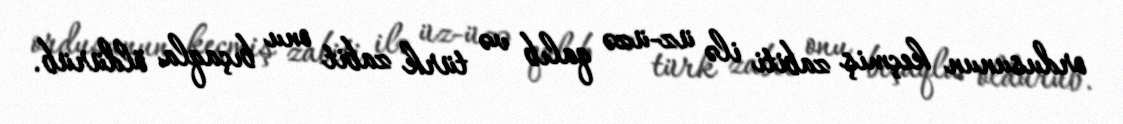
ordusunun keçmiş zabiti ilə üz-üzə qalıb və türk zabit onu bıçaqla öldürüb.